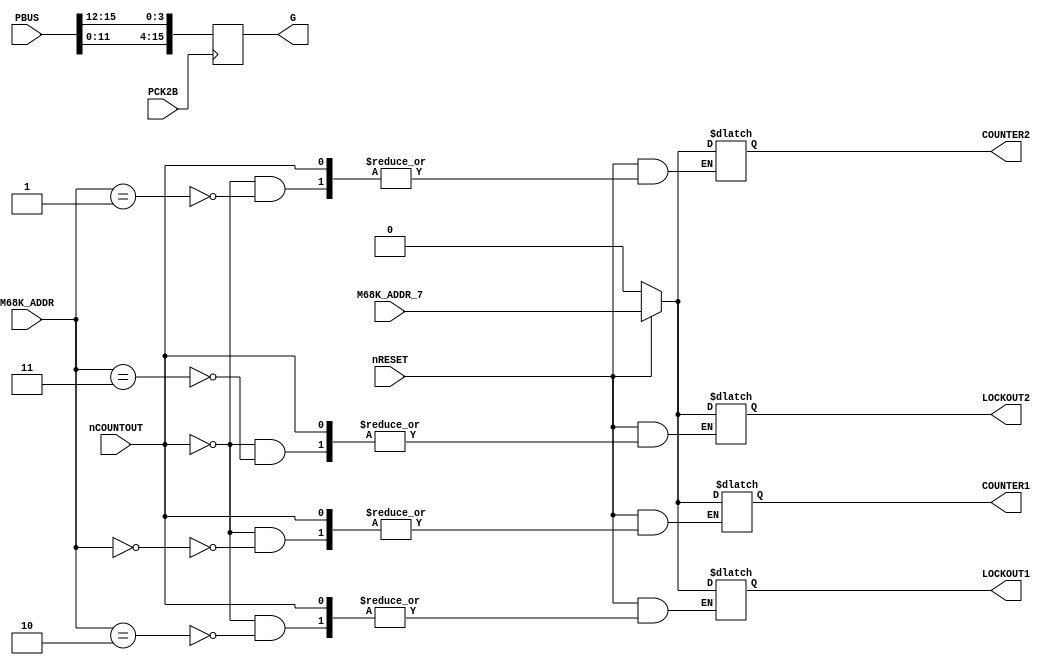
// This program was cloned from: https://github.com/neogeodev/NeoGeoFPGA-sim
// License: GNU General Public License v3.0

// NeoGeo logic definition (simulation only)
// Copyright (C) 2018 Sean Gonsalves
//
// This program is free software: you can redistribute it and/or modify
// it under the terms of the GNU General Public License as published by
// the Free Software Foundation, either version 3 of the License, or
// (at your option) any later version.
//
// This program is distributed in the hope that it will be useful,
// but WITHOUT ANY WARRANTY; without even the implied warranty of
// MERCHANTABILITY or FITNESS FOR A PARTICULAR PURPOSE.  See the
// GNU General Public License for more details.
//
// You should have received a copy of the GNU General Public License
// along with this program.  If not, see <https://www.gnu.org/licenses/>.

`timescale 1ns/1ns

module neo_i0(
	// OR, AND gate and sync inverter are kept in neogeo.v
	input nRESET,
	input nCOUNTOUT,
	input [3:1] M68K_ADDR,
	input M68K_ADDR_7,
	output reg COUNTER1,
	output reg COUNTER2,
	output reg LOCKOUT1,
	output reg LOCKOUT2,
	input [15:0] PBUS,
	input PCK2B,
	output reg [15:0] G
);
	
	always @(posedge PCK2B)
		G <= {PBUS[11:0], PBUS[15:12]};
	
	// A7=Counter/lockout data
	// A1=1/2
	// A2=Counter/lockout

	always @(nCOUNTOUT, nRESET)
	begin
		if (!nRESET)
		begin
			COUNTER1 <= 1'b0;
			COUNTER2 <= 1'b0;
			LOCKOUT1 <= 1'b0;
			LOCKOUT2 <= 1'b0;
		end
		else
		begin
			if (!nCOUNTOUT)
			begin
				// DEBUG
				if ({M68K_ADDR_7, M68K_ADDR[3:1]} == 4'b0000)
					$display("COIN COUNTER 1 RESET");
				else if ({M68K_ADDR_7, M68K_ADDR[3:1]} == 4'b0001)
					$display("COIN COUNTER 2 RESET");
				else if ({M68K_ADDR_7, M68K_ADDR[3:1]} == 4'b0010)
					$display("COIN LOCKOUT 1 RESET");
				else if ({M68K_ADDR_7, M68K_ADDR[3:1]} == 4'b0011)
					$display("COIN LOCKOUT 2 RESET");
				else if ({M68K_ADDR_7, M68K_ADDR[3:1]} == 4'b1000)
					$display("COIN COUNTER 1 SET");
				else if ({M68K_ADDR_7, M68K_ADDR[3:1]} == 4'b1001)
					$display("COIN COUNTER 2 SET");
				else if ({M68K_ADDR_7, M68K_ADDR[3:1]} == 4'b1010)
					$display("COIN LOCKOUT 1 SET");
				else if ({M68K_ADDR_7, M68K_ADDR[3:1]} == 4'b1011)
					$display("COIN LOCKOUT 2 SET");
				
				if (M68K_ADDR[3:1] == 3'b000) COUNTER1 <= M68K_ADDR_7;
				if (M68K_ADDR[3:1] == 3'b001) COUNTER2 <= M68K_ADDR_7;
				if (M68K_ADDR[3:1] == 3'b010) LOCKOUT1 <= M68K_ADDR_7;
				if (M68K_ADDR[3:1] == 3'b011) LOCKOUT2 <= M68K_ADDR_7;
			end
		end
	end
	
endmodule